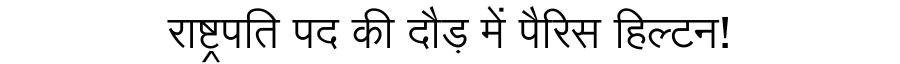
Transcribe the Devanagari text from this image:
राष्ट्रपति पद की दौड़ में पैरिस हिल्टन!